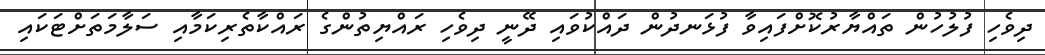
ދިވެހި ފުލުހުން ތައްޔާރުކޮށްފައިވާ ފުޅަނދުން ދައްކުވައި ދޭނީ ދިވެހި ރައްޔިތުންގެ ރައްކާތެރިކަމާއި ސަލާމަތަށްޓަކައި